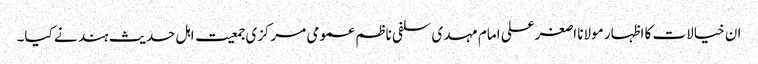
ان خیالات کا اظہار مولانا اصغرعلی امام مہدی سلفی ناظم عمومی مرکزی جمعیت اہل حدیث ہند نے کیا۔